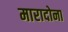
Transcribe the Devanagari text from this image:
मारादोना